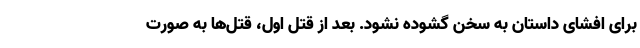
برای افشای داستان به سخن گشوده نشود. بعد از قتل اول، قتل‌ها به صورت